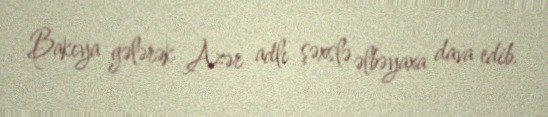
Bakıya gələrək Azər adlı şəxslə əlbəyaxa dava edib.